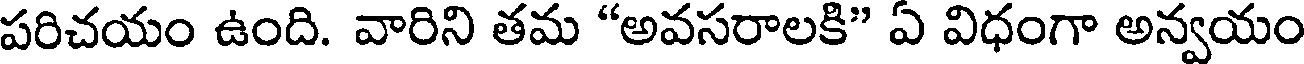
పరిచయం ఉంది. వారిని తమ "అవసరాలకి" ఏ విధంగా అన్వయం